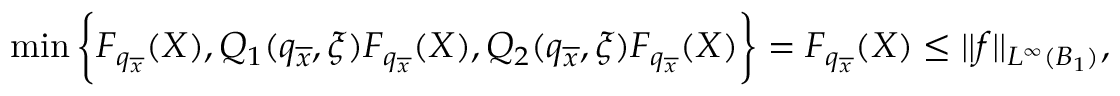
\operatorname* { m i n } \bigg \{ F _ { q _ { \overline { { x } } } } ( X ) , Q _ { 1 } ( q _ { \overline { { x } } } , \xi ) F _ { q _ { \overline { { x } } } } ( X ) , Q _ { 2 } ( q _ { \overline { { x } } } , \xi ) F _ { q _ { \overline { { x } } } } ( X ) \bigg \} = F _ { q _ { \overline { { x } } } } ( X ) \leq | | f | | _ { L ^ { \infty } ( B _ { 1 } ) } ,